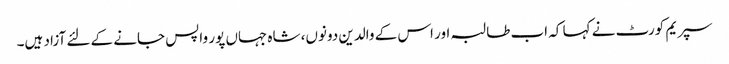
سپریم کورٹ نے کہا کہ اب طالبہ اور اس کے والدین دونوں، شاہ جہاں پور واپس جانے کے لئے آزاد ہیں۔